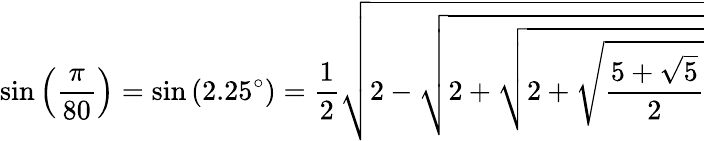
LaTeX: \sin\left({\frac{\pi}{80}}\right)=\sin\left(2.25^{\circ}\right)={\frac{1}{2}}{\sqrt{2-{\sqrt{2+{\sqrt{2+{\sqrt{\frac{5+{\sqrt{5}}}{2}}}}}}}}}